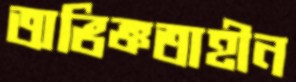
অভিজ্ঞতাহীন